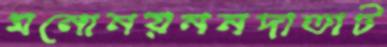
মনোনয়ননদাতাট